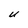
Character: U